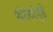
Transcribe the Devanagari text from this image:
श्रोत्यांपुढे